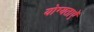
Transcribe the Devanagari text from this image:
योग्यताऐं